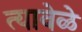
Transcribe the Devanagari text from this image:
त्यावेळे